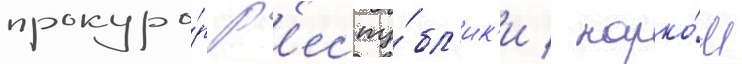
прокуро́р р'еспу́бл'ик'и / нарко́м